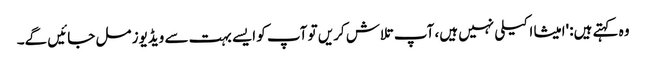
وہ کہتے ہیں: 'امیشا اکیلی نہیں ہیں، آپ تلاش کریں تو آپ کو ایسے بہت سے ویڈیوز مل جائیں گے۔